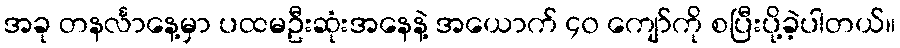
အခု တနင်္လာနေ့မှာ ပထမဦးဆုံးအနေနဲ့ အယောက် ၄၀ ကျော်ကို စပြီးပို့ခဲ့ပါတယ်။